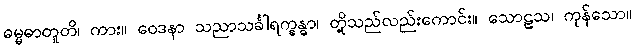
ဓမ္မဓာတူတိ၊ ကား။ ဝေဒနာ သညာသင်္ခါရက္ခန္ဓာ၊ တို့သည်လည်းကောင်း။ သောဠသ၊ ကုန်သော။